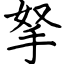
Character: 拏